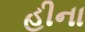
હીના